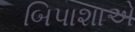
બિપાશાએ